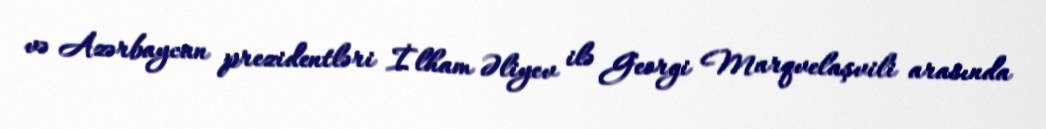
və Azərbaycan prezidentləri İlham Əliyev ilə Georgi Marqvelaşvili arasında